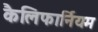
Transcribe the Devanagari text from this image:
कैलिफार्नियम